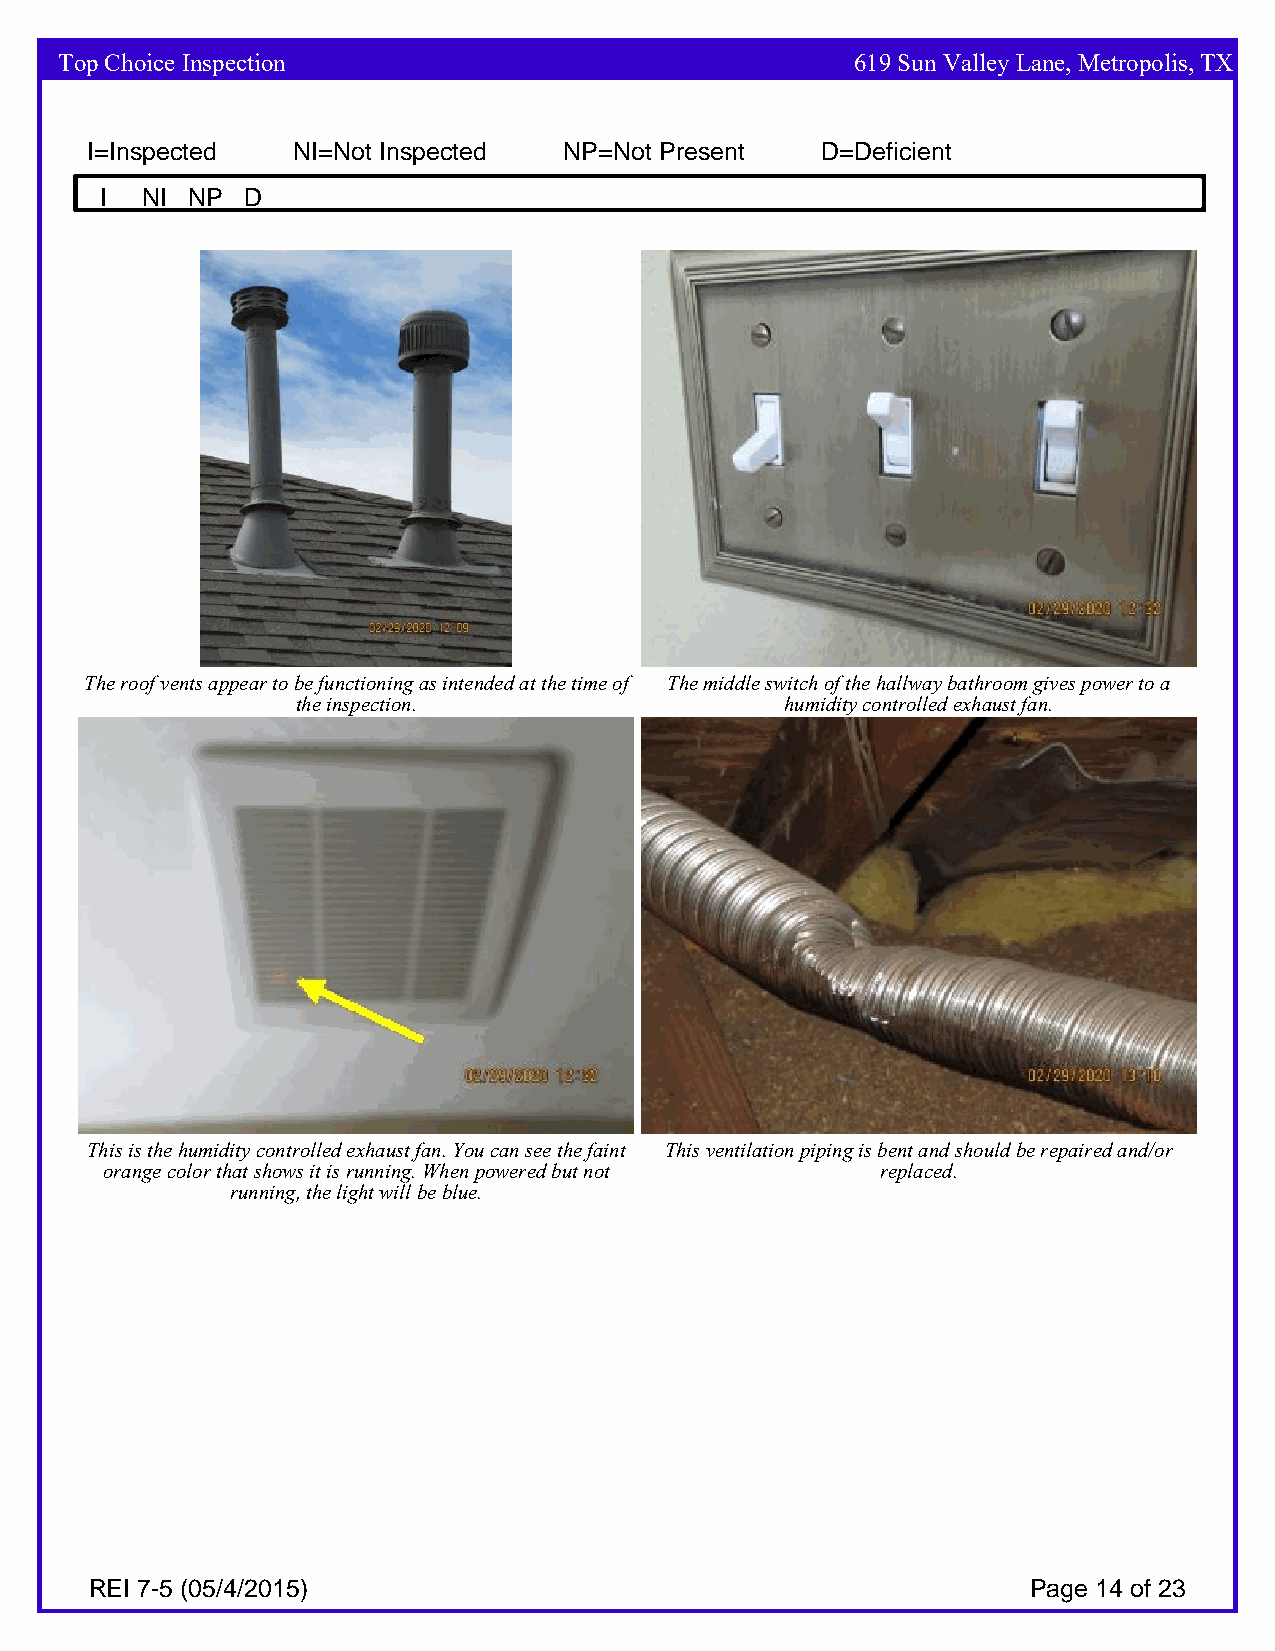
Top Choice Inspection                                619 Sun Valley Lane, Metropolis, TX
 I=Inspected  NI=Not Inspected  NP=Not Present   D=Deficient
 I NI NP  D
 The roof vents appear to be functioning as intended at the time of The middle switch of the hallway bathroom gives power to a
 the inspection.                 humidity controlled exhaust fan.
 This is the humidity controlled exhaust fan. You can see the faint This ventilation piping is bent and should be repaired and/or
 orange color that shows it is running. When powered but not replaced.
 running, the light will be blue.
 REI 7-5 (05/4/2015)                                           Page 14 of 23